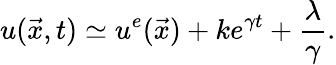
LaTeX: u(\vec{x},t)\simeq u^{e}(\vec{x})+ke^{\gamma t}+\frac{\lambda}{\gamma}.